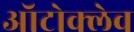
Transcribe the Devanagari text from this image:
ऑटोक्‍लेव